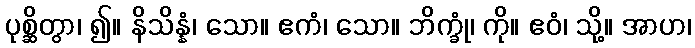
ပုစ္ဆိတွာ၊ ၍။ နိသိန္နံ၊ သော။ ဧကံ၊ သော။ ဘိက္ခုံ၊ ကို။ ဧဝံ၊ သို့။ အာဟ၊